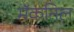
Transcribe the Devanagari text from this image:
मॅकनिल